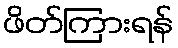
ဖိတ်ကြားရန်